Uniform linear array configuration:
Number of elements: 12
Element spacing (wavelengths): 0.25
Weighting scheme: kaiser
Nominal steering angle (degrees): -45
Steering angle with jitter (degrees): -45.823
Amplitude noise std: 0.05
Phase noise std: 0.05

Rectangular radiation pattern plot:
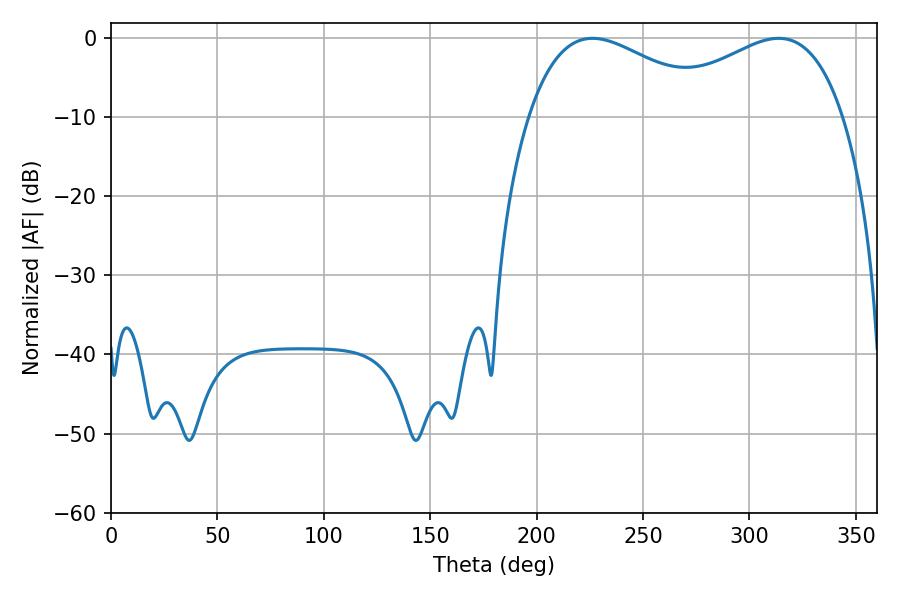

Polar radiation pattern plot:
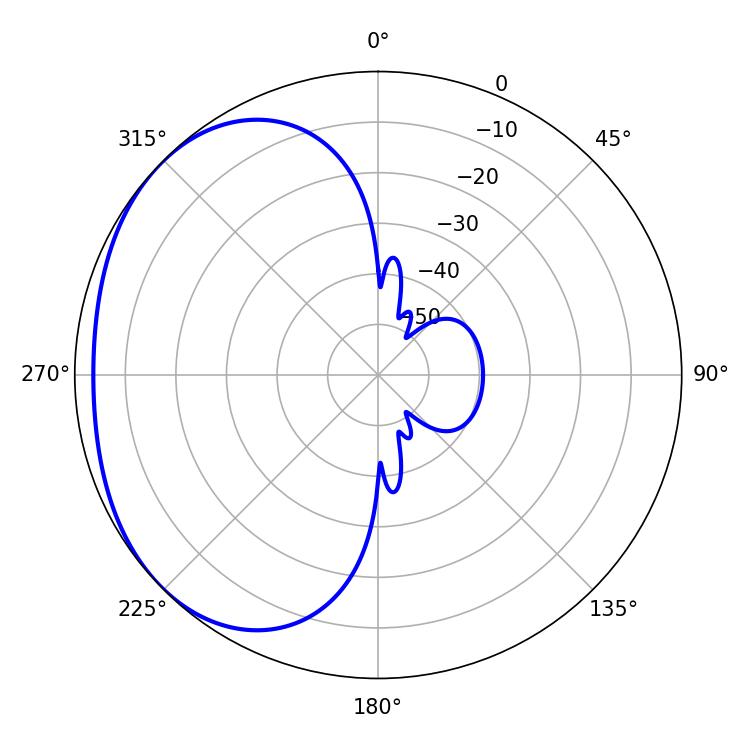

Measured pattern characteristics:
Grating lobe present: FALSE
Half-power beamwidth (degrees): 48.96
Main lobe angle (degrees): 313.74